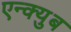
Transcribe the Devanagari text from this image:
एन्क्युब